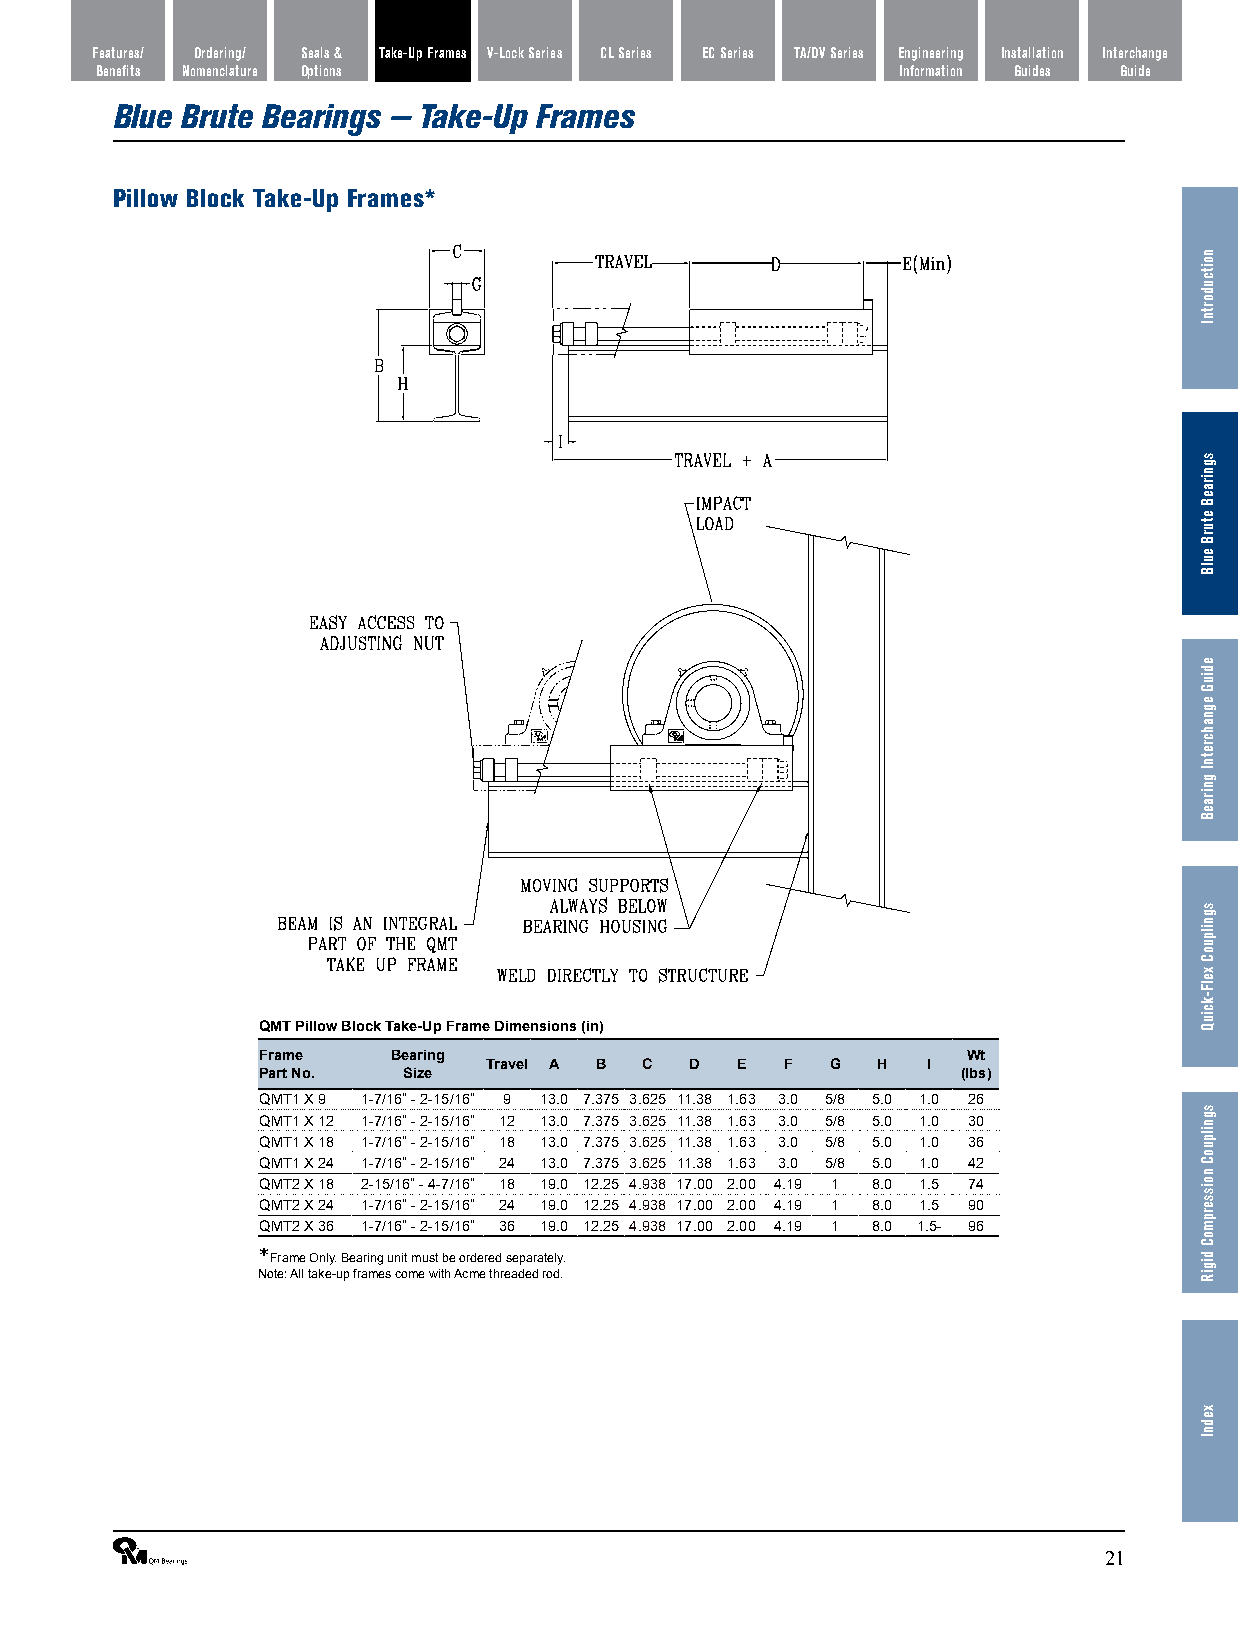
Features/ Ordering/ Seals & Take-Up Frames V-Lock Series CL Series EC Series TA/DV Series Engineering Installation Interchange
 Benefits Nomenclature Options                         Information Guides Guide
 Blue Brute Bearings — Take-Up Frames
 Pillow Block Take-Up Frames*
 QMT Pillow Block Take-Up Frame Dimensions (in)
 Frame    Bearing                               Wt
 Travel A B C  D  E  F  G  H  I
 Part No.  Size                                 (lbs)
 QMT1 X 9 1-7/16” - 2-15/16” 9 13.0 7.375 3.625 11.38 1.63 3.0 5/8 5.0 1.0 26
 QMT1 X 12 1-7/16” - 2-15/16” 12 13.0 7.375 3.625 11.38 1.63 3.0 5/8 5.0 1.0 30
 QMT1 X 18 1-7/16” - 2-15/16” 18 13.0 7.375 3.625 11.38 1.63 3.0 5/8 5.0 1.0 36
 QMT1 X 24 1-7/16” - 2-15/16” 24 13.0 7.375 3.625 11.38 1.63 3.0 5/8 5.0 1.0 42
 QMT2 X 18 2-15/16” - 4-7/16” 18 19.0 12.25 4.938 17.00 2.00 4.19 1 8.0 1.5 74
 QMT2 X 24 1-7/16” - 2-15/16” 24 19.0 12.25 4.938 17.00 2.00 4.19 1 8.0 1.5 90
 QMT2 X 36 1-7/16” - 2-15/16” 36 19.0 12.25 4.938 17.00 2.00 4.19 1 8.0 1.5- 96
 * Frame Only. Bearing unit must be ordered separately.
 Note: All take-up frames come with Acme threaded rod.
 ®                                                               21
 noitcudortnI
 sgniraeB
 eturB
 eulB
 ediuG
 egnahcretnI
 gniraeB
 sgnilpuoC
 xelF-kciuQ
 sgnilpuoC
 noisserpmoC
 digiR
 xednI